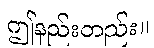
ဤနည်းတည်း။